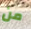
من